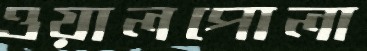
ওয়ালপোলা